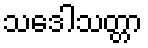
သဒေါသတ္တာ